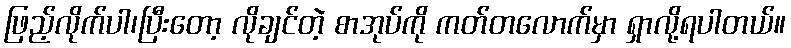
ဖြည့်လိုက်ပါ၊ပြီးတော့ လိုချင်တဲ့ စာအုပ်ကို ကတ်တလောက်မှာ ရှာလို့ရပါတယ်။